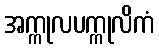
အက္ကုလပက္ကုလိကံ